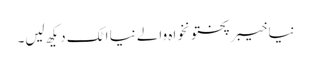
نیا خیبرپختونخواہ والے نیا اٹک دیکھ لیں۔